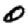
Digit: 0